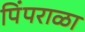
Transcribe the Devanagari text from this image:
पिंपराळा